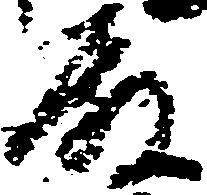
殿